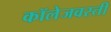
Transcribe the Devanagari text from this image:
कॉलेजवस्ती